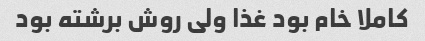
کاملا خام بود غذا ولی روش برشته بود